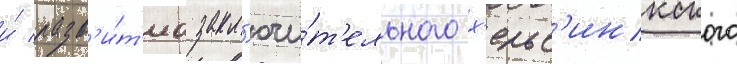
и́ разв'и́т'иа закл'ючи́т'ельного х'ельс'инкского